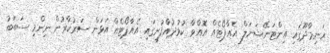
ހަނިމާދޫގައި އިންޓަނޭޝަނަލް އެއާޕޯޓެއް އޮއްވާ ކުޅުދުއްފުށީގައި އެއާޕޯޓެއް އަޅަން ސަރުކާރުން ނިންމި ސަބަބު